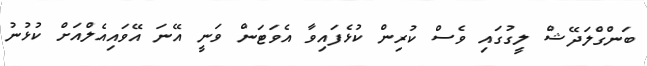
ބަންގްލަދޭޝް ލީގުގައި ވެސް ކުރިން ކުޅެފައިވާ އެވަޓަން ވަނީ އޭނަ އޭވައިއެލްއަށް ކުޅުނު